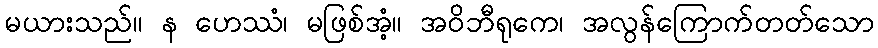
မယားသည်။ န ဟေဿံ၊ မဖြစ်အံ့။ အဝိဘီရုကေ၊ အလွန်ကြောက်တတ်သော